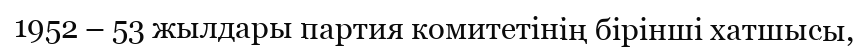
1952 – 53 жылдары партия комитетінің бірінші хатшысы,